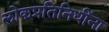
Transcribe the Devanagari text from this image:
लोकप्रतिनिधींना